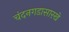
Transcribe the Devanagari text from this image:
चंदनगडासारखे